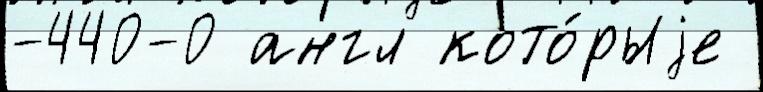
-440-0 англ кото́рыjе